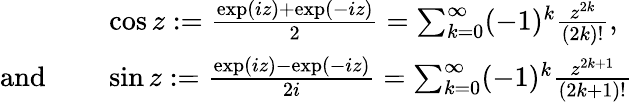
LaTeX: {\begin{array}{rl}&{\cos z:={\frac{\exp(iz)+\exp(-iz)}{2}}=\sum_{k=0}^{\infty}(-1)^{k}{\frac{z^{2k}}{(2k)!}},}\\ {{\mathrm{and~}}\quad}&{\sin z:={\frac{\exp(iz)-\exp(-iz)}{2i}}=\sum_{k=0}^{\infty}(-1)^{k}{\frac{z^{2k+1}}{(2k+1)!}}}\end{array}}